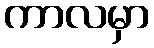
ကာလမှာ